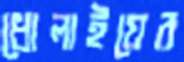
ধোলাইয়ের